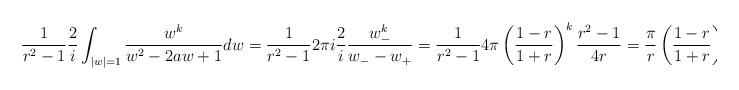
LaTeX: \begin{align*} \frac{1}{r^2-1}\frac{2}{i}\int_{|w|=1} \frac{w^{k}}{w^{2}-2aw+1} dw = \frac{1}{r^2-1} 2\pi i \frac{2}{i} \frac{w_{-}^{k}}{w_{-} - w_{+}}= \frac{1}{r^2-1} 4\pi \left(\frac{1-r}{1+r}\right)^{k} \frac{r^2-1}{4r} = \frac{\pi}{r}\left(\frac{1-r}{1+r}\right)^{k}\end{align*}